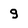
Character: g